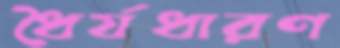
ধৈর্যধারণ